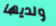
ولديها